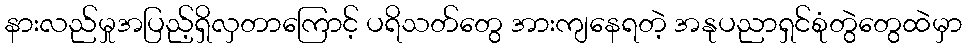
နားလည်မှုအပြည့်ရှိလှတာကြောင့် ပရိသတ်တွေ အားကျနေရတဲ့ အနုပညာရှင်စုံတွဲတွေထဲမှာ